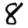
Digit: 8